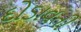
દોડાવતી